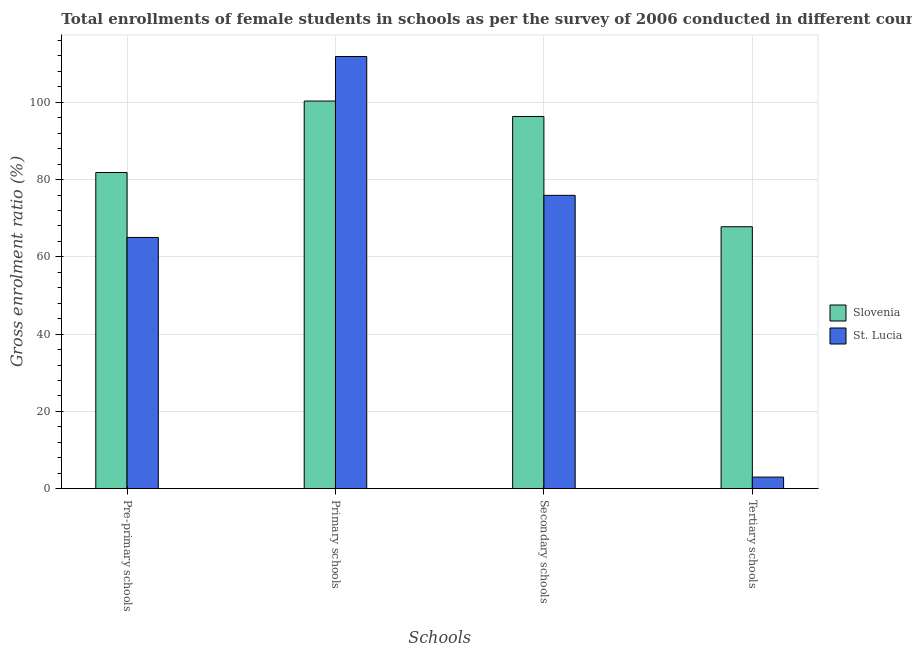
| Schools | Slovenia | St. Lucia |
 | --- | --- | --- |
 | Pre-primary schools | 81.8 | 65 |
 | Primary schools | 100 | 112 |
 | Secondary schools | 96.3 | 75.9 |
 | Tertiary schools | 67.8 | 3 |